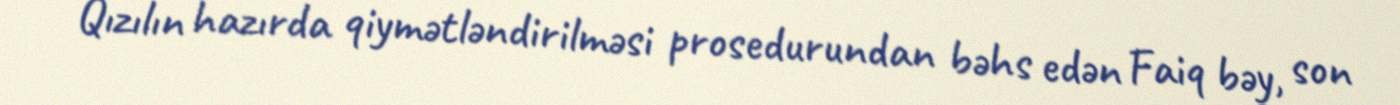
Qızılın hazırda qiymətləndirilməsi prosedurundan bəhs edən Faiq bəy, son